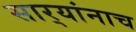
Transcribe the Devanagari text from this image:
सार्‍यांनाच